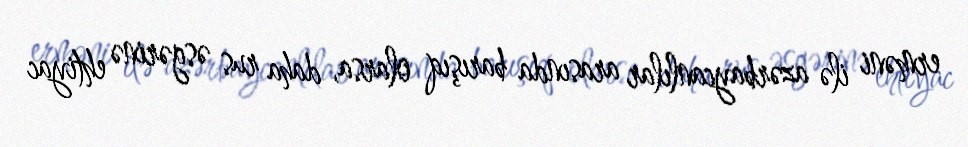
erməni ilə azərbaycanlılar arasında barışıq olarsa, daha rus əsgərinə ehtiyac